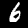
Digit: 6